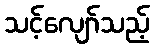
သင့်လျော်သည့်